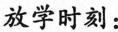
放学时刻：